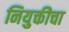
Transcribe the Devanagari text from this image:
नियुक्तीचा